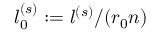
l _ { 0 } ^ { ( s ) } : = l ^ { ( s ) } / ( r _ { 0 } n )